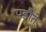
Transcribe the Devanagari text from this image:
पड़ौते